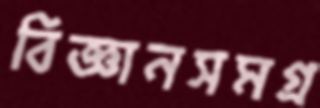
বিজ্ঞানসমগ্র